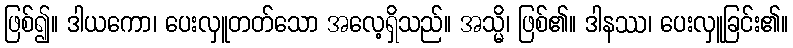
ဖြစ်၍။ ဒါယကော၊ ပေးလှူတတ်သော အလေ့ရှိသည်။ အသ္မိ၊ ဖြစ်၏။ ဒါနဿ၊ ပေးလှူခြင်း၏။